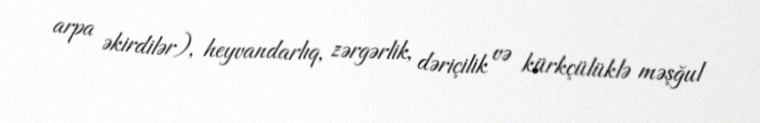
arpa əkirdilər), heyvandarlıq, zərgərlik, dəriçilik və kürkçülüklə məşğul